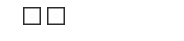
١٢